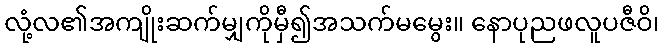
လုံ့လ၏အကျိုးဆက်မျှကိုမှီ၍အသက်မမွေး။ နောပုညဖလူပဇီဝိ၊